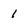
Character: 1